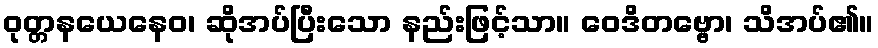
ဝုတ္တနယေနေဝ၊ ဆိုအပ်ပြီးသော နည်းဖြင့်သာ။ ဝေဒိတဗ္ဗော၊ သိအပ်၏။